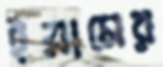
ইয়ামের